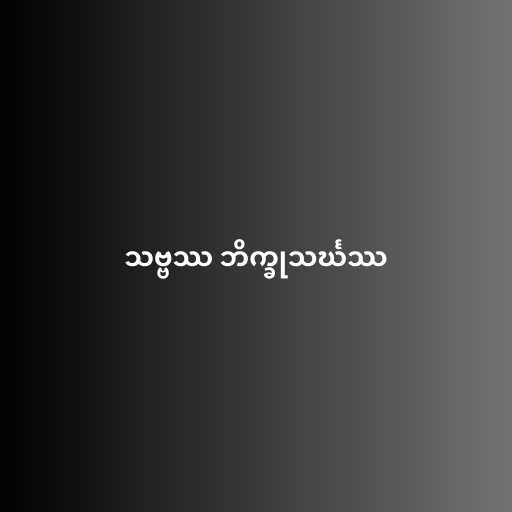
သဗ္ဗဿ ဘိက္ခုသင်္ဃဿ